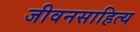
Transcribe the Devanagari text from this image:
जीवनसाहित्य